Cholera in southern India
Disease focus: Cholera
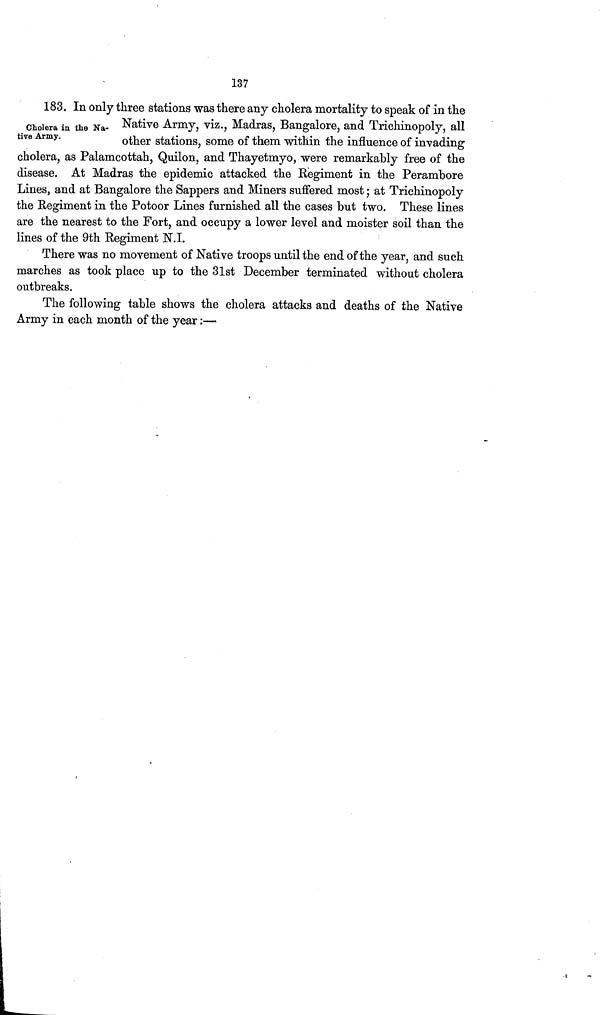
137
Cholera in the Na-
tive Army.
183. In only three stations was there any cholera mortality to speak of in the
Native Army, viz., Madras, Bangalore, and Trichinopoly, all
other stations, some of them within the influence of invading
cholera, as Palamcottah, Quilon, and Thayetmyo, were remarkably free of the
disease. At Madras the epidemic attacked the Regiment in the Perambore
Lines, and at Bangalore the Sappers and Miners suffered most ; at Trichinopoly
the Regiment in the Potoor Lines furnished all the cases but two. These lines
are the nearest to the Fort, and occupy a lower level and moister soil than the
lines of the 9th Regiment N.I.
There was no movement of Native troops until the end of the year, and such
marches as took place up to the 31st December terminated without cholera
outbreaks.
The following table shows the cholera attacks and deaths of the Native
Army in each month of the year :—